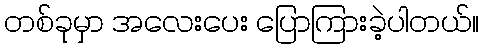
တစ်ခုမှာ အလေးပေး ပြောကြားခဲ့ပါတယ်။